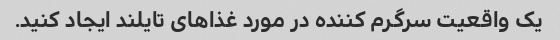
یک واقعیت سرگرم کننده در مورد غذاهای تایلند ایجاد کنید.